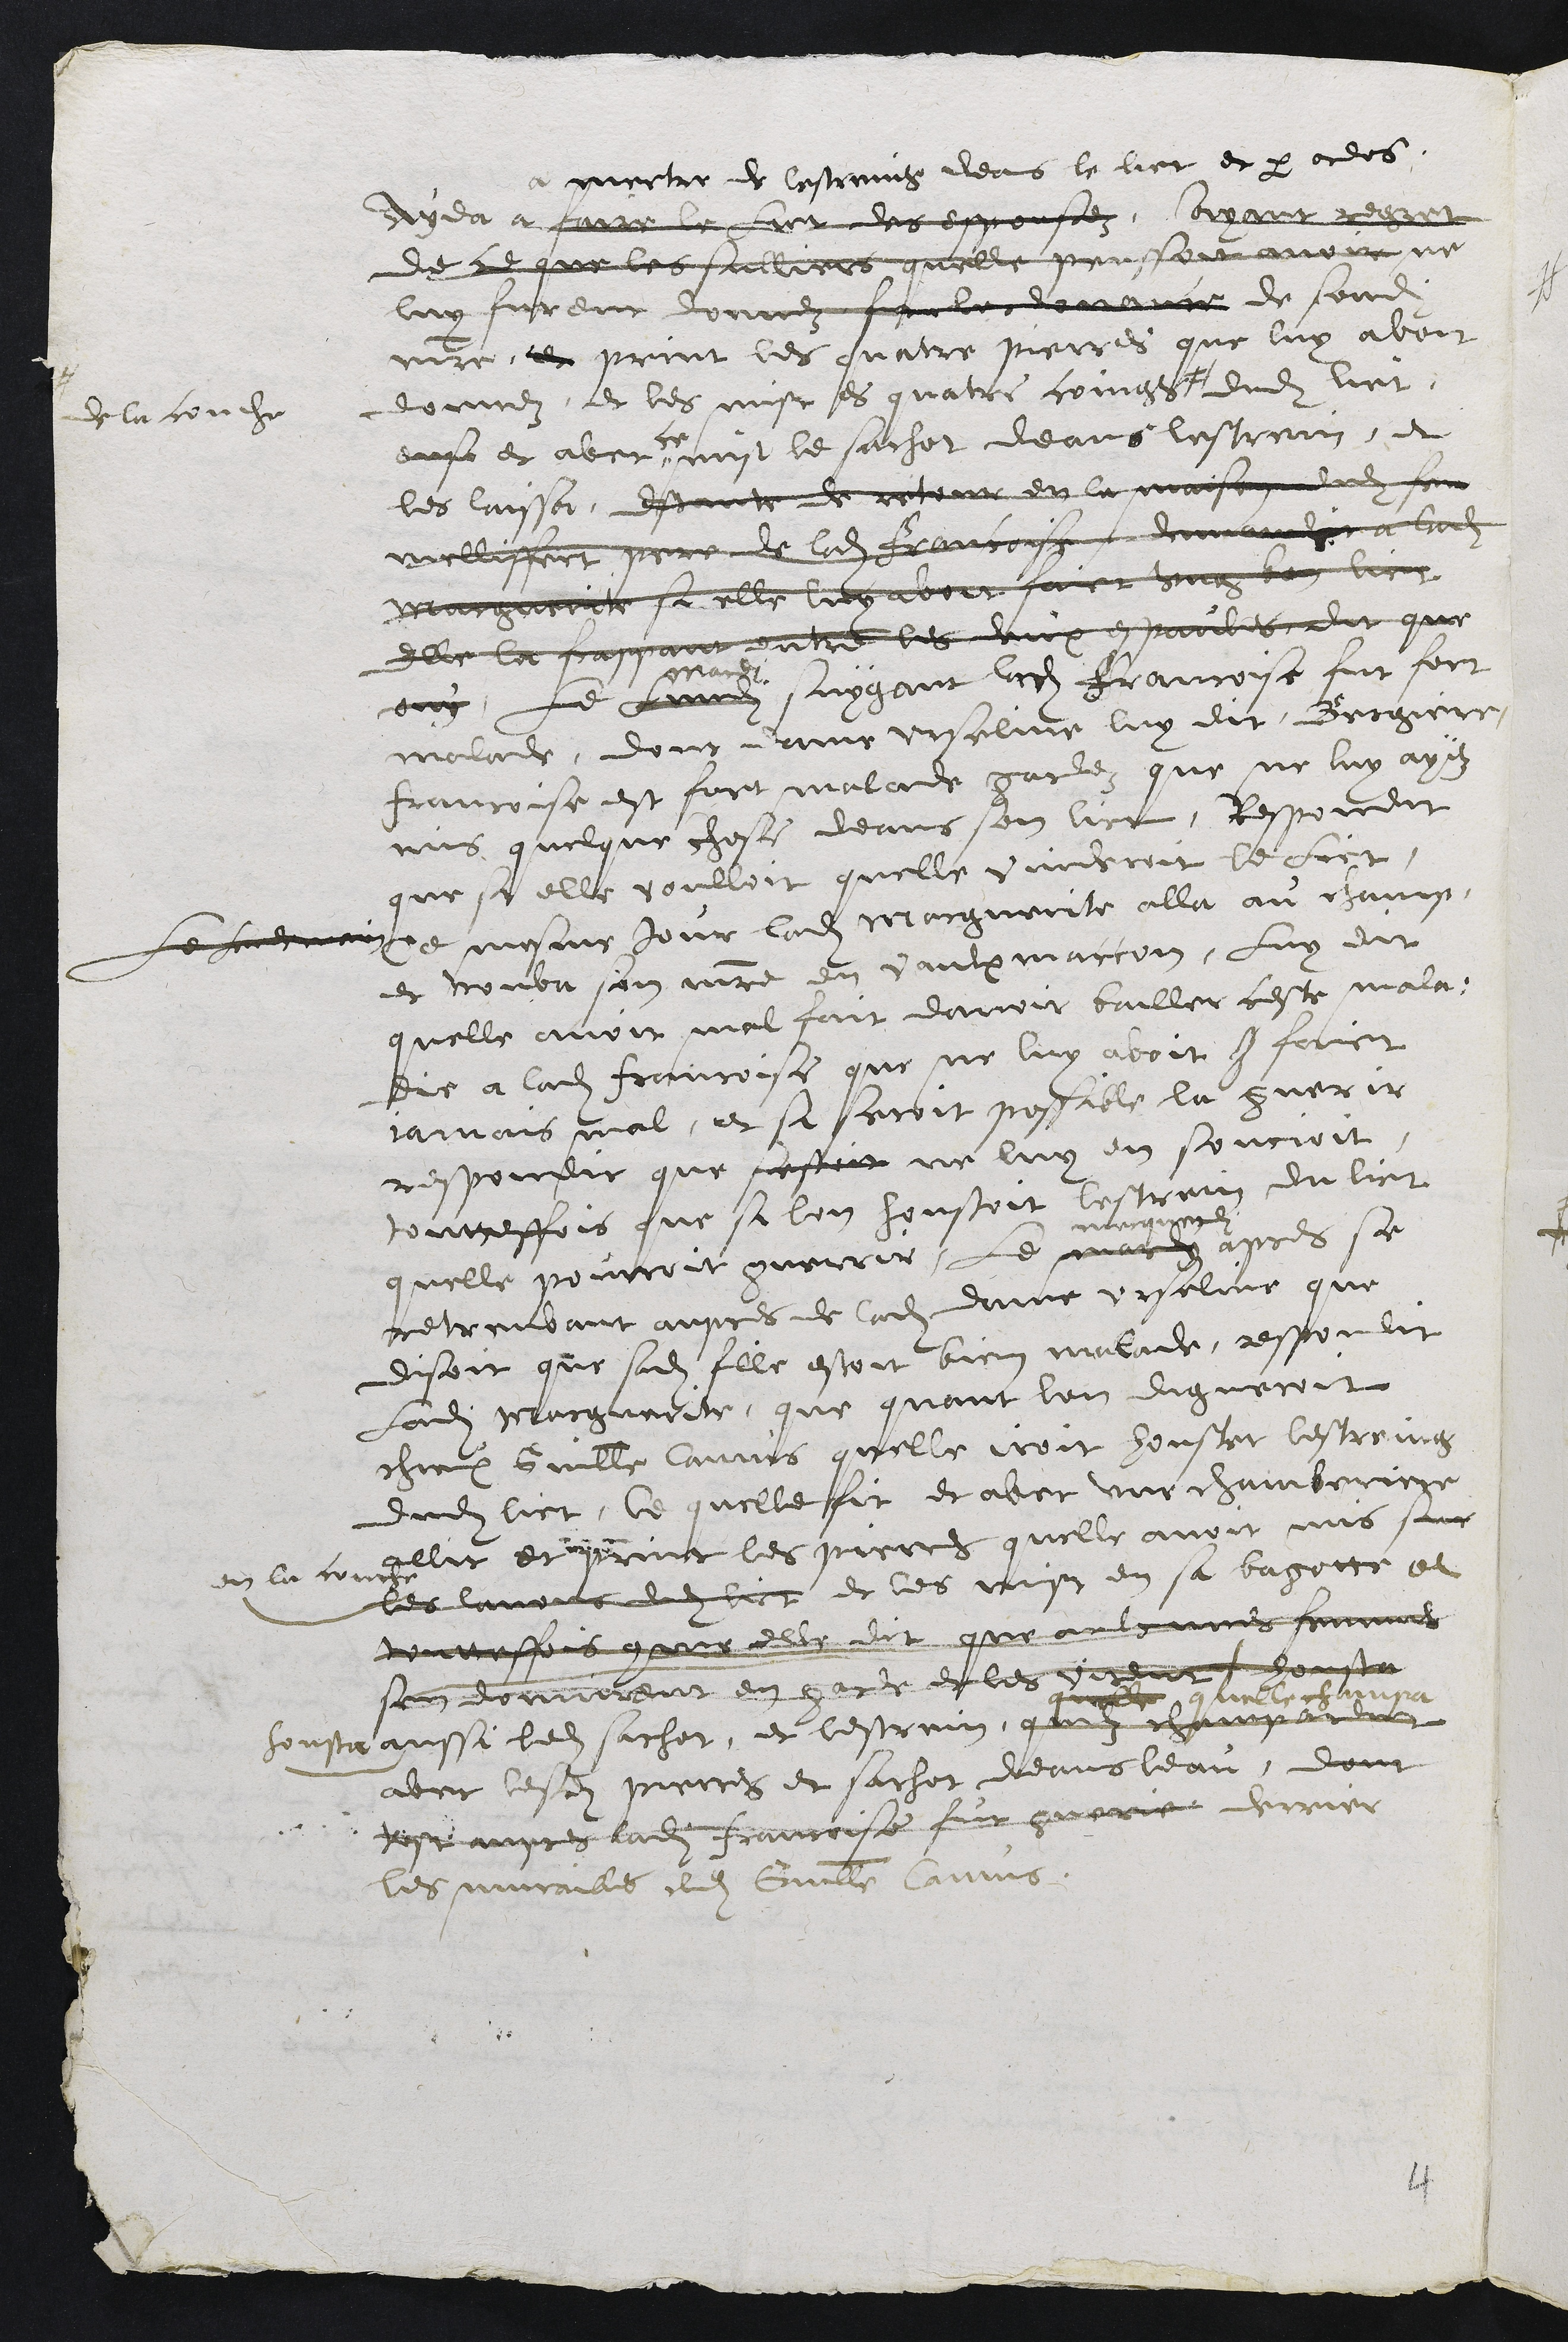
a mectre de lestraing deans le lict et par ordres
Ayda a faire le Lict des espousez, ayant regret
de ce que les sulliers quelle pensoit avoir ne
luy furent donnez sur les avances de sondit
maitre, et print les quatre pierres que luy avoit
donnez, et les mist es quatre coings #
# de la couche
dudit lict,
ens et avec ce mit le sachet deans lestrein, et
les laissa, estant de retour en la maison dudit feu
melliffert pere de ladite Francoise demandit a ladite
Marguerite si elle luy avoit faict ung bon lict
elle la frappant entre les deux espaules dit que
ouy, Le lundy
mardi
suygant ladite francoise fut fort
malade, dont dame Urseline luy dit Bergiere
francoise est fort malade gardez que ne luy ayez
mis quelque chose deans son lict, Respondit
que si elle voulloit quelle vuideroit le Lict
Le lendemain ce mesme jour ladite Marguerite alla au champ,
et trouva son maitre en vaulx maccon, luy dit
quelle avoit mal fait davoir bailler ceste mala-
dit a ladite francoise que ne luy avoit g faict
jamais mal, et si seroit possible la guerir
respondit que sestoit ne luy en soucioit,
touteffois que si lon houstoit lestrain du lict
quelle pourroit guerir, Le mardy
merquredi
apres se
retreuvant aupres de ladite dame Urseline que
disoit que sadite fille estoit bien malade, respondit
Ladite Marguerite, que quant lon digneroit
chieux Guillaume Camus quelle iroit houster lestreing
dudit lict, ce quelle fit et avec une chamberiere
allit et print les pierres quelle avoit mis sur
en la couche
les lavons dudit lict et les mist en sa bagotte et
touttesfois comme elle dit que aulcunes femmes
sen donnirent en garde et les virent f housta
housta aussi ledit sachet, et lestrein, quilz champarent
quelle quelle champa
avec lesdites pierres et sachet deans leau, dont
tost aupres ladite francoise fut guerie derrier
les murailles dudit Guillaume Camus.